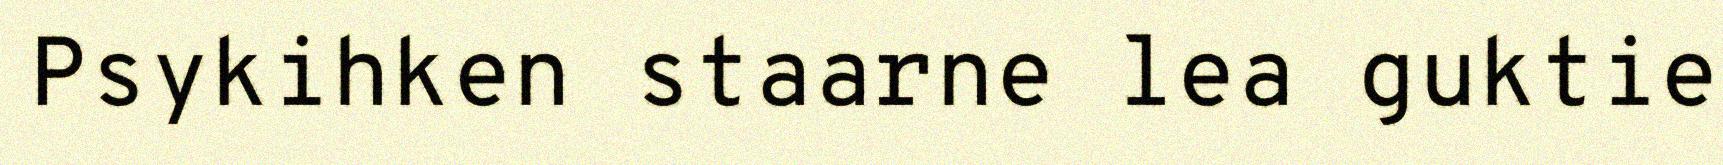
Psykihken staarne lea guktie